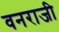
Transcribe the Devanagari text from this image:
वनराजी